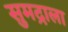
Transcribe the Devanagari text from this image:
सुमद्राला